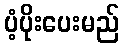
ပံ့ပိုးပေးမည်